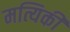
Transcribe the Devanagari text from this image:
मत्यिकी